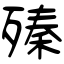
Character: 殝